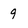
Character: 9